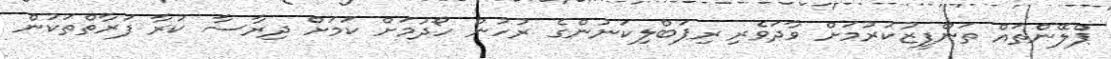
ޕްލޭންތައް ތަންފީޒުކުރުމަށް ވާދަވެރި ރިޕަބްލިކަނުންގެ ރުހުން ހޯދުމަށް ކަމަށް ދިރާސާ ކުރާ ފަރާތްތަކުން